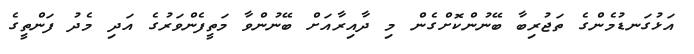
އަޅުގަނޑުމެންގެ ތަޖުރިބާ ބޭނުންކޮށްގެން މި ދާއިރާއަށް ބޭނުންވާ މަތީފެންވަރުގެ އަދި މެދު ފަންތީގެ